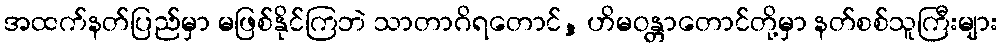
အထက်နတ်ပြည်မှာ မဖြစ်နိုင်ကြဘဲ သာတာဂိရတောင်, ဟိမဝန္တာတောင်တို့မှာ နတ်စစ်သူကြီးများ